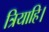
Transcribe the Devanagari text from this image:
त्रियाहि।